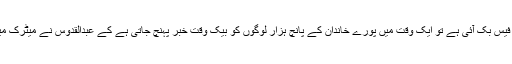
اور الله بھلا کرے جب سے فیس بک آئی ہے تو ایک وقت میں پورے خاندان کے پانچ ہزار لوگوں کو بیک وقت خبر پہنچ جاتی ہے کے عبدالقدوس نے میٹرک میں نوے فیصد نمبر لئے ہیں۔